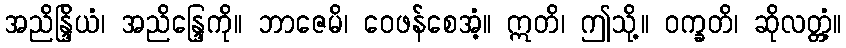
အညိန္ဒြိယံ၊ အညိန္ဒြေကို။ ဘာဇေမိ၊ ဝေဖန်စေအံ့။ ဣတိ၊ ဤသို့။ ဝက္ခတိ၊ ဆိုလတ္တံ့။